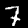
Label: 7